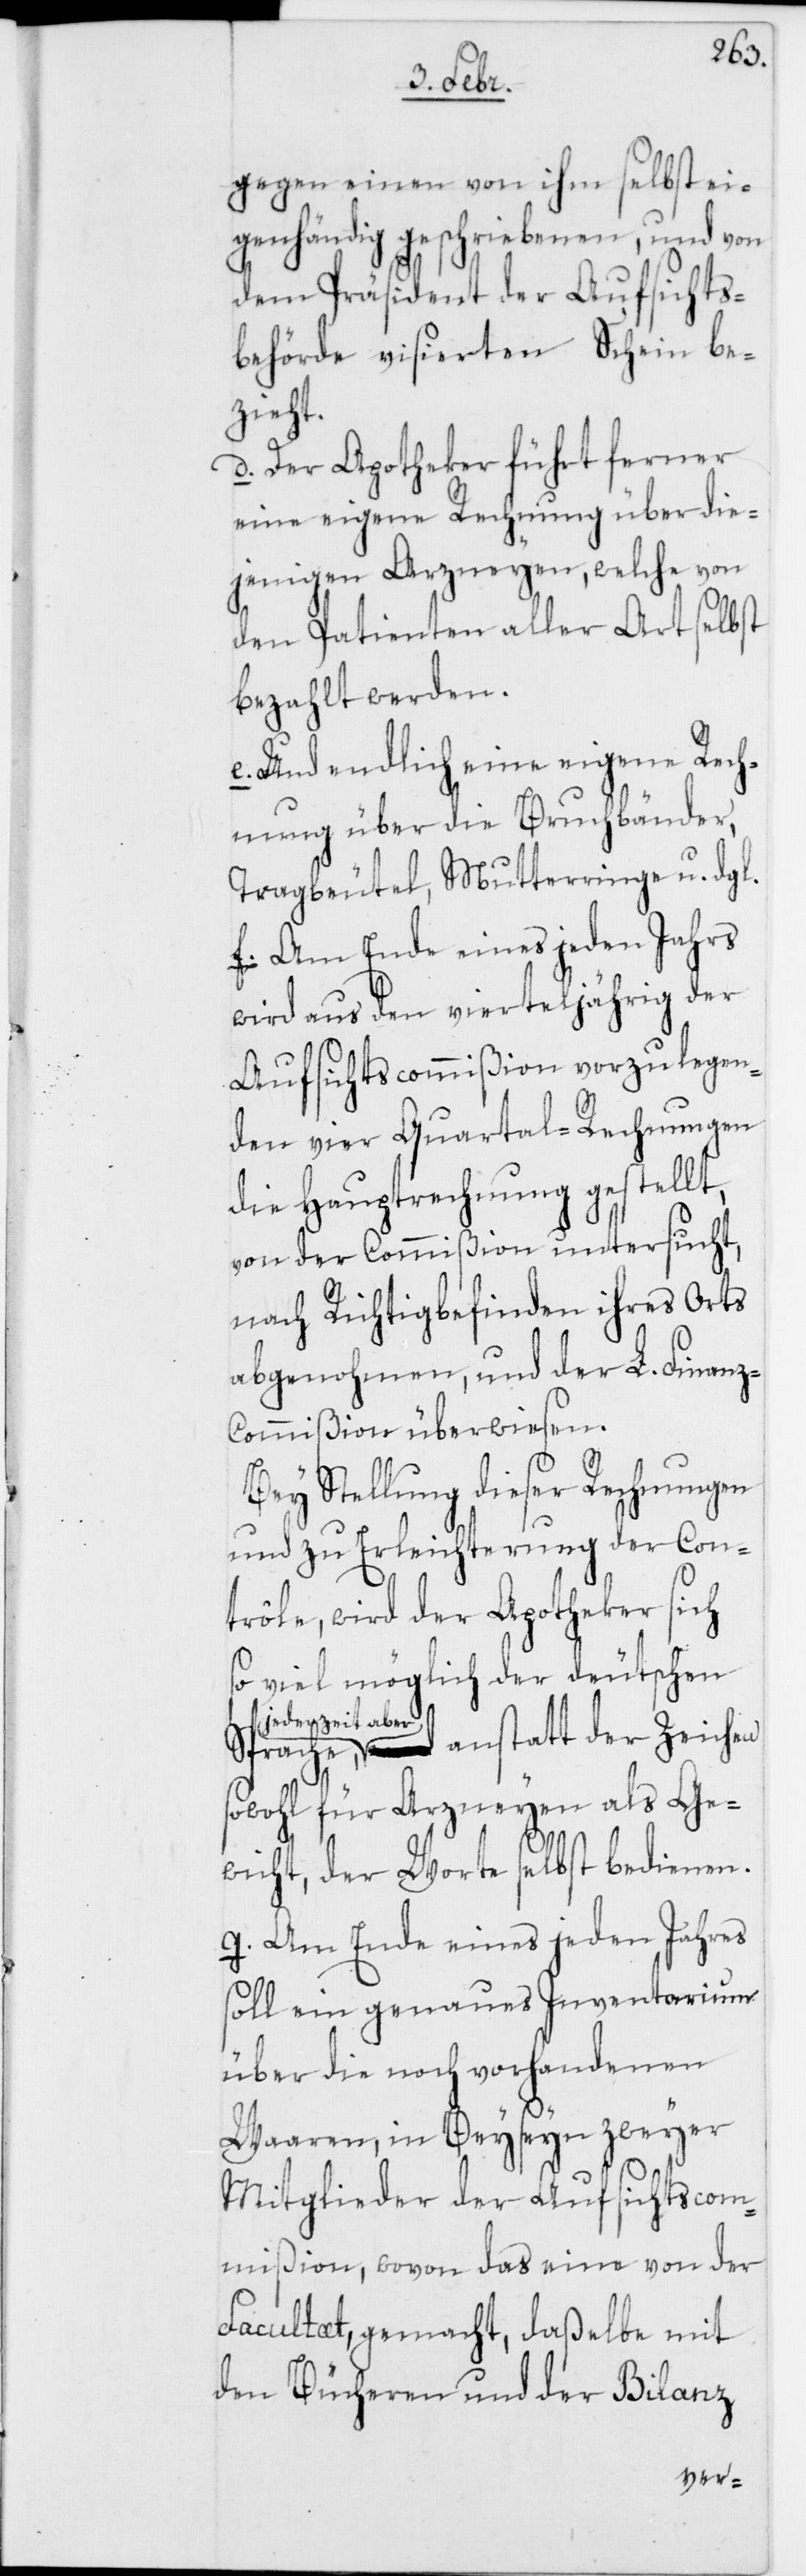
z-C¬
gegen einen von ihm selbst ei¬
genhändig geschriebenen, und von
dem Präsident der Aufsichts¬
behörde visierten Schein be¬
zieht.
d. Der Apotheker führt ferner
eine eigene Rechnung über die¬
jenigen Arzneyen, welche von
den Patienten aller Art selbst
bezahlt werden.
e. Und endlich eine eigene Rech¬
nung über die Bruchbänder,
Tragbeutel, Mutterringe u. dgl.
f. Am Ende eines jeden Jahrs
wird aus den vierteljährig der
Aufsichtscommißion vorzulegen¬
den vier Quartal-Rechnungen
die Hauptrechnung gestellt,
von der Commißion untersucht,
nach Richtigbefinden ihres Orts
abgenohmen, und der L. Finan¬
ommißion überwiesen.
Bey Stellung dieser Rechnungen
und zu Erleichterung der Con¬
trôle, wird der Apotheker sich
so viel möglich der deutschen
jederzeit aber
sowohl für Arzneyen als Ge¬
wicht, der Worte selbst bedienen.
g. Am Ende eines jeden Jahres
soll ein genaues Inventarium
über die noch vorhandenen
Waaren, in Beyseyn zweyer
Mitglieder der Aufsichtscom¬
mißion, wovon das eine von der
Facultaet, gemacht, daßelbe mit
den Bücheren und der Bilanz